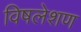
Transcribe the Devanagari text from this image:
विषलेशण